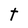
Character: t